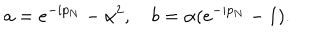
LaTeX: a = e ^ { - i p _ { N } } - \alpha ^ { 2 } , ~ b = \alpha ( e ^ { - i p _ { N } } - 1 ) .